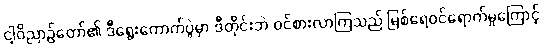
ငါ့ဝိညာဉ်တော်၏ ဒီရွေးကောက်ပွဲမှာ ဒီတိုင်းဘဲ ဝင်စားလာကြသည် မြစ်ရေဝင်ရောက်မှုကြောင့်